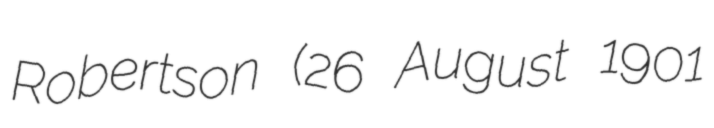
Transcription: Robertson (26 August 1901